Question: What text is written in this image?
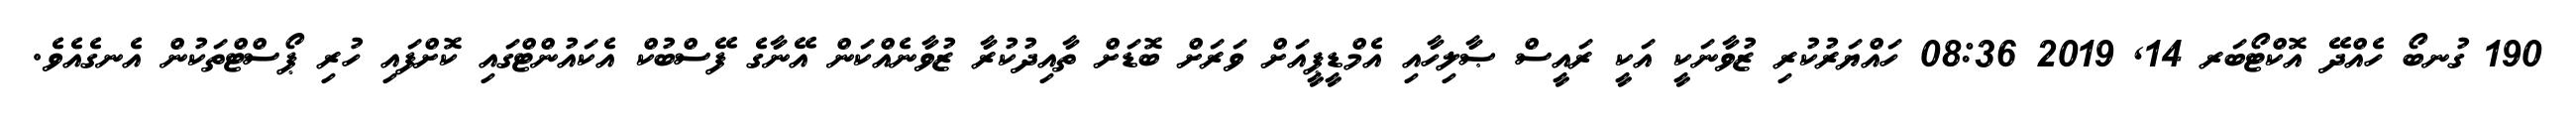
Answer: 190 ގުނބޯ ހެއްދޭ އޮކްޓޯބަރ 14, 2019 08:36 ހައްޔަރުކުރި ޒުވާނަކީ އަކީ ރައީސް ޞާލިހާއި އެމްޑީޕީއަށް ވަރަށް ބޮޑަށް ތާއިދުކުރާ ޒުވާނެއްކަން އޭނާގެ ފޭސްބުކް އެކައުންޓްގައި ކޮށްފައި ހުރި ޕޯސްޓްތަކުން އެނގެއެވެ.